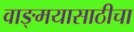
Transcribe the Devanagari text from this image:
वाङ्‌मयासाठीचा